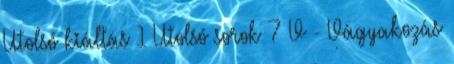
Utolsó kiáltás 1 Utolsó sorok 7 V - Vágyakozás